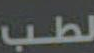
لطب